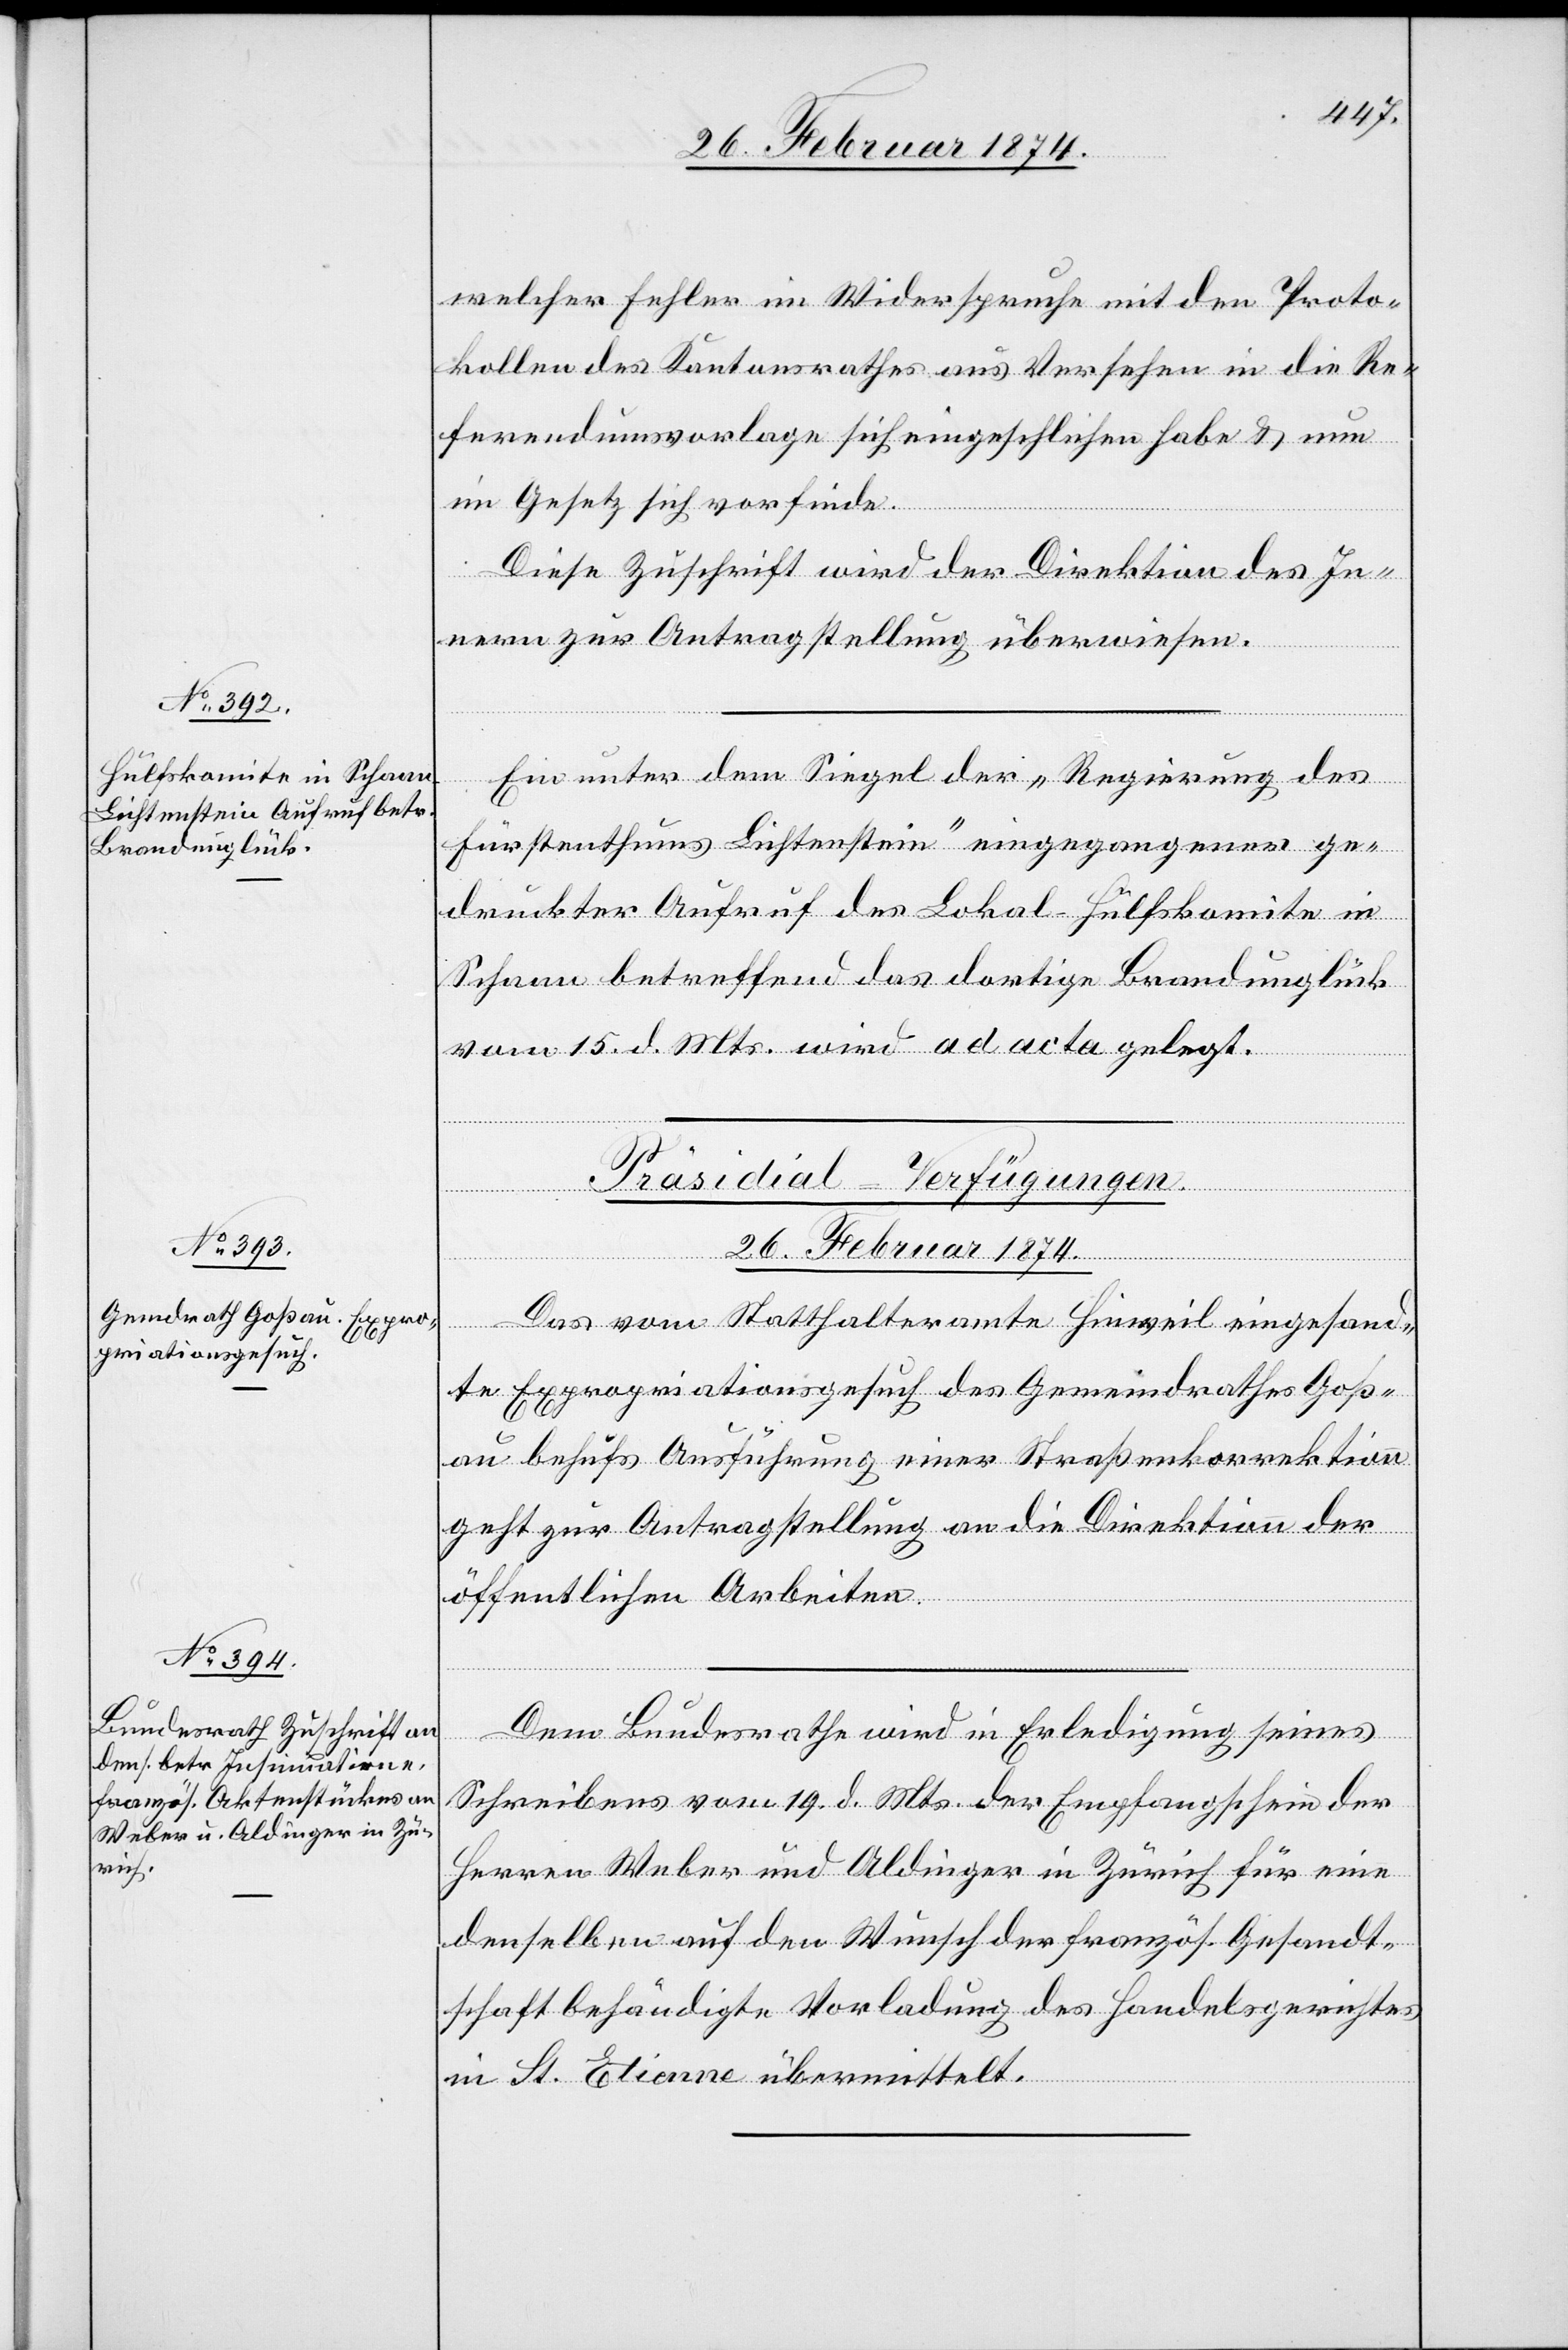
welcher Fehler im Widerspruche mit den Proto¬
kollen des Kantonsrathes aus Versehen in die Re¬
ferendumsvorlage sich eingeschlichen habe u. nun
im Gesetz sich vorfinde.
Diese Zuschrift wird der Direktion des In¬
nern zur Antragstellung überwiesen.
Ein unter dem Siegel der „Regierung des
Fürstenthums Lichtenstein“ eingegangener ge¬
druckter Aufruf des Lokal-Hülfskomite in
Schaan betreffend das dortige Brandunglück
vom 15. d. Mts. wird ad acta gelegt.
[Präsidial-Verfügungen.
26. Februar 1874.]
Das vom Statthalteramte Hinweil eingesand¬
te Expropriationsgesuch des Gemeindrathes Goß¬
au behufs Ausführung einer Straßenkorrektion
geht zur Antragstellung an die Direktion der
öffentlichen Arbeiten.
Dem Bundesrathe wird in Erledigung seines
Schreibens vom 19. d. Mts. der Empfangschein der
Herren Weber und Aldinger in Zürich für eine
denselben auf den Wunsch der französ. Gesandt¬
schaft behändigte Vorladung des Handelsgerichtes
in St. Etienne übermittelt.